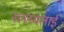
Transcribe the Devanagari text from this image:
नल्लमलाई